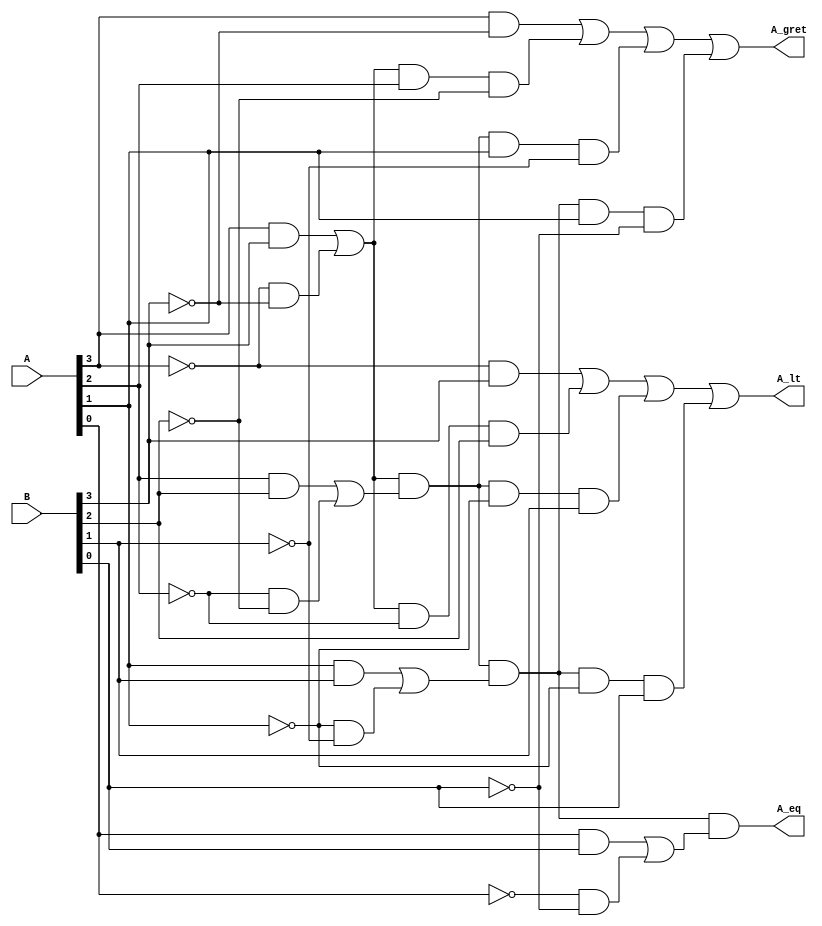
module comparator(A_gret,A_lt,A_eq,A,B);

input [3:0]A,B;
wire  [3:0]X;
output A_gret,A_lt,A_eq;

assign X[0]=A[0]& B[0] | ~A[0]& ~B[0];
assign X[1]=A[1]& B[1] | ~A[1]& ~B[1];
assign X[2]=A[2]& B[2] | ~A[2]& ~B[2];
assign X[3]=A[3]& B[3] | ~A[3]& ~B[3];
assign X[4]=A[4]& B[4] | ~A[4]& ~B[4];
   
 assign  A_gret=A[3]&~B[3] | X[3] &  A[2]& ~B[2] | X[3]&X[2]&A[1]&~B[1] | X[3]&X[2]&X[1]&A[1]&~B[0] ;
 assign  A_lt=~A[3]&B[3] | X[3] & ~ A[2]& B[2] | X[3]&X[2]&~A[1]&B[1] || X[3]&X[2]&X[1]&~A[1]&B[0] ;
 assign A_eq= X[3]&X[2]&X[1]&X[0];
endmodule